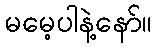
မမေ့ပါနဲ့နော်။